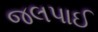
જલપાઈ